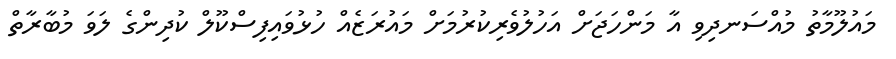
މައުލޫމާތު މުއްސަނދިވި އާ މަންހަޖަށް އަހުލުވެރިކުރުމަށް މައުރަޒެއް ހުޅުވައިފިސްކޫލް ކުދިންގެ ލަވަ މުބާރާތް